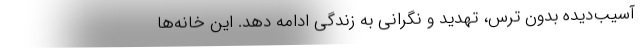
آسیب‌دیده بدون ترس، تهدید و نگرانی به زندگی ادامه دهد. این خانه‌ها